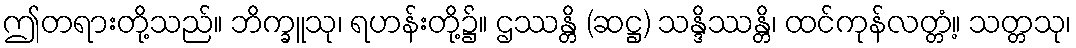
ဤတရားတို့သည်။ ဘိက္ခူသု၊ ရဟန်းတို့၌။ ဌဿန္တိ (ဆဋ္ဌ) သန္ဒိဿန္တိ၊ ထင်ကုန်လတ္တံ့။ သတ္တသု၊